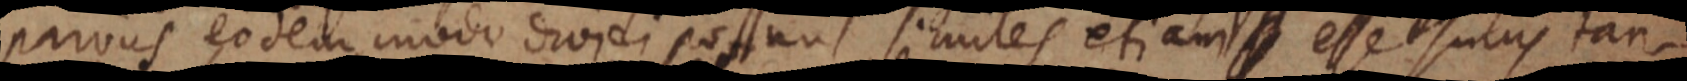
parvus eodem modo droidi possunt similes etiam esse sucus tan